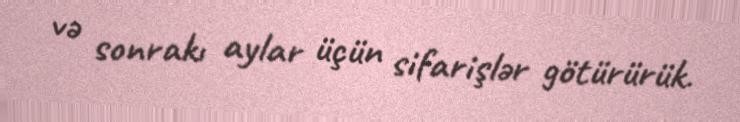
və sonrakı aylar üçün sifarişlər götürürük.